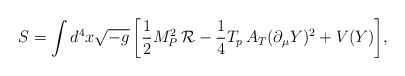
\begin{align*}S= \int{d^4x\sqrt{-g} \left[ \frac{1}{2}M_{P}^2\, \mathcal{R} -\frac{1}{4}T_p \,A_T (\partial_\mu Y)^2 + V(Y)\right]},\end{align*}